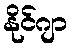
နိုင်ဂျာ